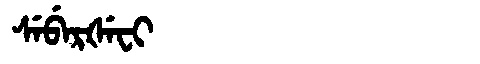
Manchu: ᠰᡝᠪᡝᡵᡧᡝᠸᡳ
Romanization: SEBERŠEFI